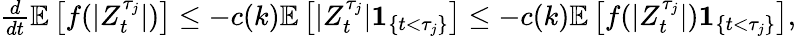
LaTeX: \begin{array}{r}{\frac{d}{dt}\mathbb{E}\left[f(|Z_{t}^{\tau_{j}}|)\right]\leq-c(k)\mathbb{E}\left[|Z_{t}^{\tau_{j}}|\textbf{1}_{\{ t<\tau_{j}\} }\right]\leq-c(k)\mathbb{E}\left[f(|Z_{t}^{\tau_{j}}|)\textbf{1}_{\{ t<\tau_{j}\} }\right],}\end{array}